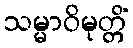
သမ္မာဝိမုတ္တိံ